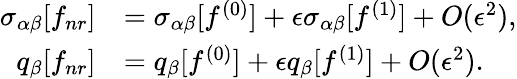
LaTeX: \begin{array}{rl}{\sigma_{\alpha\beta}[f_{nr}]}&{=\sigma_{\alpha\beta}[f^{(0)}]+\epsilon\sigma_{\alpha\beta}[f^{(1)}]+O(\epsilon^{2}),}\\ {q_{\beta}[f_{nr}]}&{=q_{\beta}[f^{(0)}]+\epsilon q_{\beta}[f^{(1)}]+O(\epsilon^{2}).}\end{array}